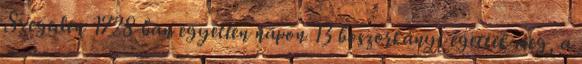
Szegeden 1728-ban egyetlen napon 13 boszorkányt égettek meg, a